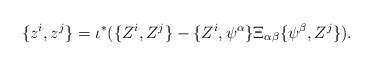
\begin{align*}\{z^i, z^j\} = \iota^* (\{Z^i, Z^j\} - \{Z^i, \psi^\alpha\}\Xi_{\alpha \beta} \{\psi^\beta, Z^j\}).\end{align*}